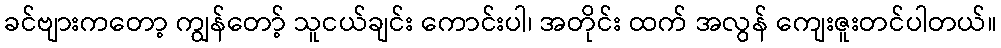
ခင်ဗျားကတော့ ကျွန်တော့် သူငယ်ချင်း ကောင်းပါ၊ အတိုင်း ထက် အလွန် ကျေးဇူးတင်ပါတယ်။